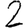
Digit: 2